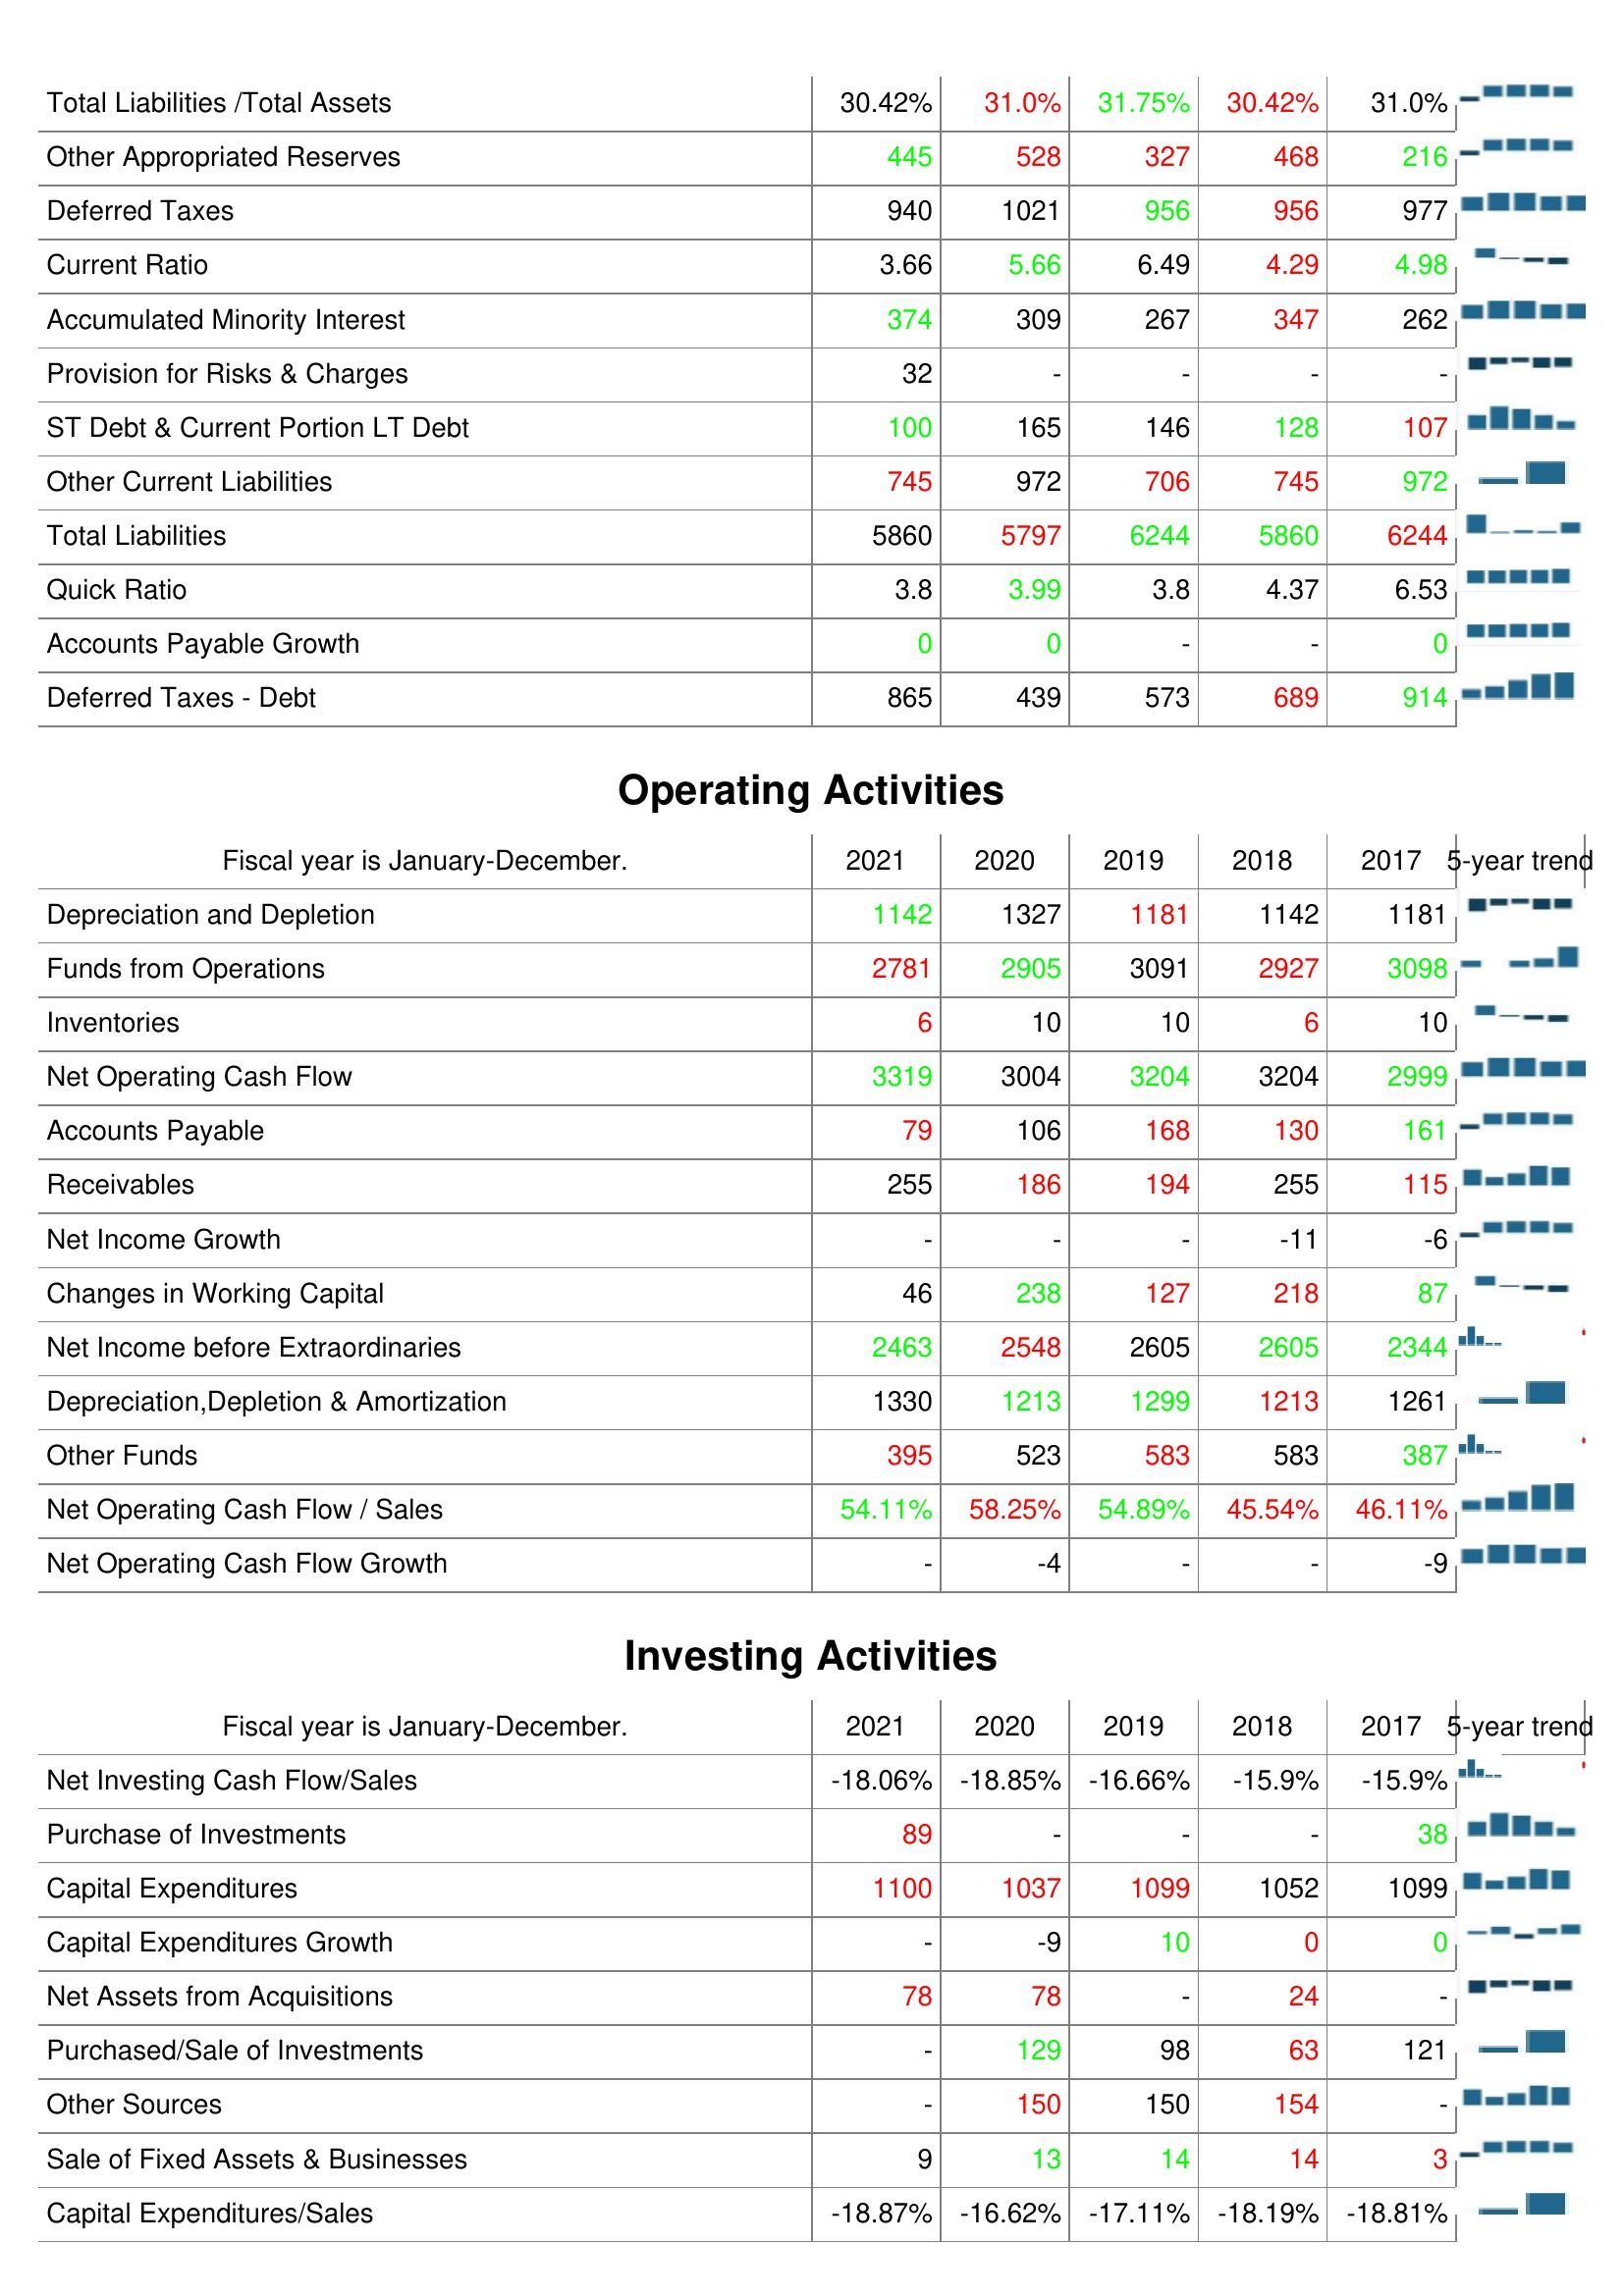
2021: Liabilities & Shareholder's Equity: Total Liabilities /Total Assets: 30.42%
Other Appropriated Reserves: 445
Deferred Taxes: 940
Current Ratio: 3.66
Accumulated Minority Interest: 374
Provision for Risks & Charges: 32
ST Debt & Current Portion LT Debt: 100
Other Current Liabilities: 745
Total Liabilities: 5860
Quick Ratio: 3.8
Accounts Payable Growth: 0
Deferred Taxes - Debt: 865
Operating Activities: Depreciation and Depletion: 1142
Funds from Operations: 2781
Inventories: 6
Net Operating Cash Flow: 3319
Accounts Payable: 79
Receivables: 255
Net Income Growth: -
Changes in Working Capital: 46
Net Income before Extraordinaries: 2463
Depreciation,Depletion & Amortization: 1330
Other Funds: 395
Net Operating Cash Flow / Sales: 54.11%
Net Operating Cash Flow Growth: -
Investing Activities: Net Investing Cash Flow/Sales: -18.06%
Purchase of Investments: 89
Capital Expenditures: 1100
Capital Expenditures Growth: -
Net Assets from Acquisitions: 78
Purchased/Sale of Investments: -
Other Sources: -
Sale of Fixed Assets & Businesses: 9
Capital Expenditures/Sales: -18.87%
2020: Liabilities & Shareholder's Equity: Total Liabilities /Total Assets: 31.0%
Other Appropriated Reserves: 528
Deferred Taxes: 1021
Current Ratio: 5.66
Accumulated Minority Interest: 309
Provision for Risks & Charges: -
ST Debt & Current Portion LT Debt: 165
Other Current Liabilities: 972
Total Liabilities: 5797
Quick Ratio: 3.99
Accounts Payable Growth: 0
Deferred Taxes - Debt: 439
Operating Activities: Depreciation and Depletion: 1327
Funds from Operations: 2905
Inventories: 10
Net Operating Cash Flow: 3004
Accounts Payable: 106
Receivables: 186
Net Income Growth: -
Changes in Working Capital: 238
Net Income before Extraordinaries: 2548
Depreciation,Depletion & Amortization: 1213
Other Funds: 523
Net Operating Cash Flow / Sales: 58.25%
Net Operating Cash Flow Growth: -4
Investing Activities: Net Investing Cash Flow/Sales: -18.85%
Purchase of Investments: -
Capital Expenditures: 1037
Capital Expenditures Growth: -9
Net Assets from Acquisitions: 78
Purchased/Sale of Investments: 129
Other Sources: 150
Sale of Fixed Assets & Businesses: 13
Capital Expenditures/Sales: -16.62%
2019: Liabilities & Shareholder's Equity: Total Liabilities /Total Assets: 31.75%
Other Appropriated Reserves: 327
Deferred Taxes: 956
Current Ratio: 6.49
Accumulated Minority Interest: 267
Provision for Risks & Charges: -
ST Debt & Current Portion LT Debt: 146
Other Current Liabilities: 706
Total Liabilities: 6244
Quick Ratio: 3.8
Accounts Payable Growth: -
Deferred Taxes - Debt: 573
Operating Activities: Depreciation and Depletion: 1181
Funds from Operations: 3091
Inventories: 10
Net Operating Cash Flow: 3204
Accounts Payable: 168
Receivables: 194
Net Income Growth: -
Changes in Working Capital: 127
Net Income before Extraordinaries: 2605
Depreciation,Depletion & Amortization: 1299
Other Funds: 583
Net Operating Cash Flow / Sales: 54.89%
Net Operating Cash Flow Growth: -
Investing Activities: Net Investing Cash Flow/Sales: -16.66%
Purchase of Investments: -
Capital Expenditures: 1099
Capital Expenditures Growth: 10
Net Assets from Acquisitions: -
Purchased/Sale of Investments: 98
Other Sources: 150
Sale of Fixed Assets & Businesses: 14
Capital Expenditures/Sales: -17.11%
2018: Liabilities & Shareholder's Equity: Total Liabilities /Total Assets: 30.42%
Other Appropriated Reserves: 468
Deferred Taxes: 956
Current Ratio: 4.29
Accumulated Minority Interest: 347
Provision for Risks & Charges: -
ST Debt & Current Portion LT Debt: 128
Other Current Liabilities: 745
Total Liabilities: 5860
Quick Ratio: 4.37
Accounts Payable Growth: -
Deferred Taxes - Debt: 689
Operating Activities: Depreciation and Depletion: 1142
Funds from Operations: 2927
Inventories: 6
Net Operating Cash Flow: 3204
Accounts Payable: 130
Receivables: 255
Net Income Growth: -11
Changes in Working Capital: 218
Net Income before Extraordinaries: 2605
Depreciation,Depletion & Amortization: 1213
Other Funds: 583
Net Operating Cash Flow / Sales: 45.54%
Net Operating Cash Flow Growth: -
Investing Activities: Net Investing Cash Flow/Sales: -15.9%
Purchase of Investments: -
Capital Expenditures: 1052
Capital Expenditures Growth: 0
Net Assets from Acquisitions: 24
Purchased/Sale of Investments: 63
Other Sources: 154
Sale of Fixed Assets & Businesses: 14
Capital Expenditures/Sales: -18.19%
2017: Liabilities & Shareholder's Equity: Total Liabilities /Total Assets: 31.0%
Other Appropriated Reserves: 216
Deferred Taxes: 977
Current Ratio: 4.98
Accumulated Minority Interest: 262
Provision for Risks & Charges: -
ST Debt & Current Portion LT Debt: 107
Other Current Liabilities: 972
Total Liabilities: 6244
Quick Ratio: 6.53
Accounts Payable Growth: 0
Deferred Taxes - Debt: 914
Operating Activities: Depreciation and Depletion: 1181
Funds from Operations: 3098
Inventories: 10
Net Operating Cash Flow: 2999
Accounts Payable: 161
Receivables: 115
Net Income Growth: -6
Changes in Working Capital: 87
Net Income before Extraordinaries: 2344
Depreciation,Depletion & Amortization: 1261
Other Funds: 387
Net Operating Cash Flow / Sales: 46.11%
Net Operating Cash Flow Growth: -9
Investing Activities: Net Investing Cash Flow/Sales: -15.9%
Purchase of Investments: 38
Capital Expenditures: 1099
Capital Expenditures Growth: 0
Net Assets from Acquisitions: -
Purchased/Sale of Investments: 121
Other Sources: -
Sale of Fixed Assets & Businesses: 3
Capital Expenditures/Sales: -18.81%